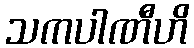
သကပါဏီဟိ